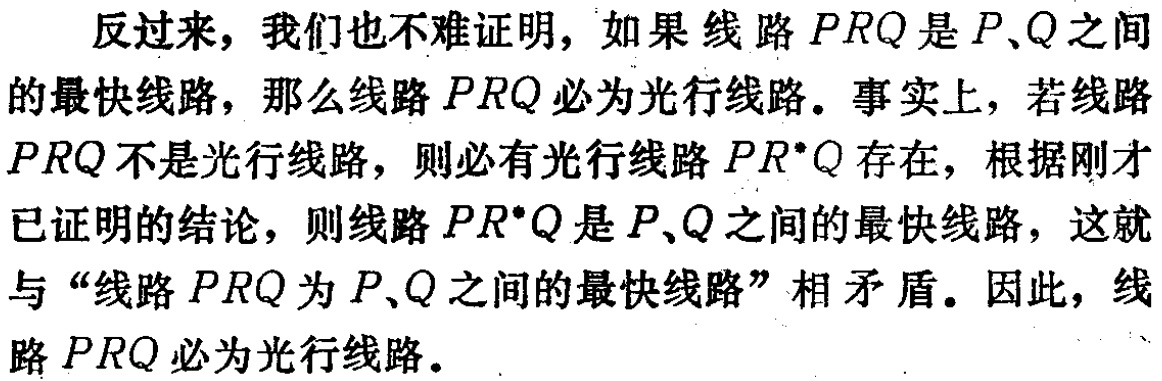
反过来，我们也不难证明，如果线路\(PRQ\)是\(P、Q\)之间的最快线路，那么线路\(PRQ\)必为光行线路。事实上，若线路\(PRQ\)不是光行线路，则必有光行线路\(PR^{*}Q\)存在，根据刚才已证明的结论，则线路\(PR^{*}Q\)是\(P、Q\)之间的最快线路，这就与“线路\(PRQ\)为\(P、Q\)之间的最快线路”相矛盾。因此，线路\(PRQ\)必为光行线路。